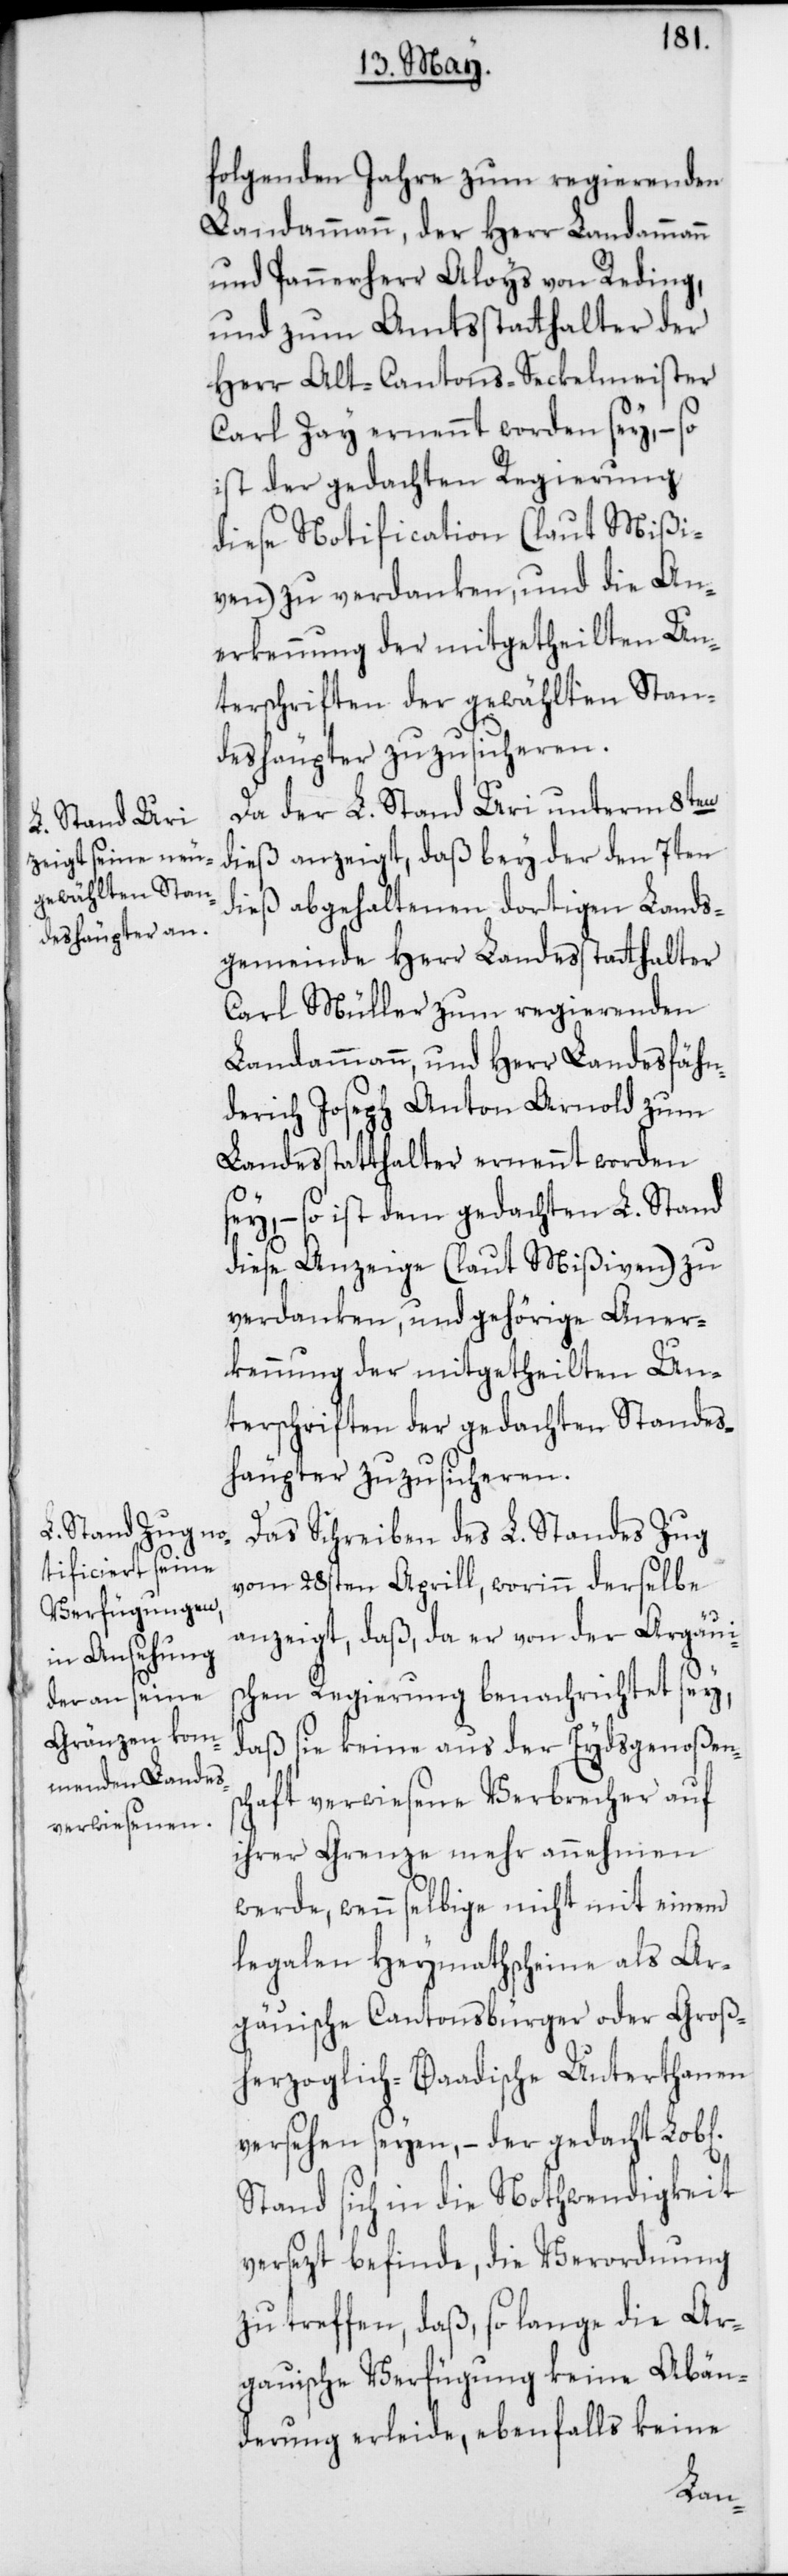
folgenden Jahre zum regierenden
Landammann, der Herr Landammann
und Pannerherr Aloys von Reding,
und zum Amtsstatthalter der
Herr Alt-Cantons-Seckelmeister
Carl Zay ernennt worden sey, – so
ist der gedachten Regierung
diese Notification (laut Mißi¬
ven) zu verdanken, und die An¬
erkennung der mitgetheilten Un¬
terschriften der gewählten Stan¬
deshäupter zuzusicheren.
Da der L. Stand Uri unterm 8ten
dieß anzeigt, daß bey der den 7ten
dieß abgehaltenen dortigen Lands¬
gemeinde Herr Landesstatthalter
Carl Müller zum regierenden
Landammann, und Herr Landesfähn¬
derich Joseph Anton Arnold zum
Landesstatthalter ernennt worden
sey, – so ist dem gedachten L. Stand
diese Anzeige (laut Mißiven) zu
verdanken, und gehörige Aner¬
kennung der mitgetheilten Un¬
terschriften der gedachten Standes¬
häupter zuzusicheren.
Das Schreiben des L. Standes Zug
vom 28sten Aprill, worinn derselbe
anzeigt, daß, da er von der Argauis¬
chen Regierung benachrichtet sey,
daß sie keine aus der Eydsgenoßens¬
chaft verwiesene Verbrecher auf
ihrer Grenze mehr annehmen
werde, wenn selbige nicht mit einem
legalen Heymathscheine als Ar¬
gauische Cantonsbürger oder Groß¬
herzoglich-Baadische Unterthanen
versehen seyen, – der gedacht Lob[l¬
Stand sich in die Nothwendigkeit
versezt befinde, die Verordnung
zu treffen, daß, so lange die Ar¬
gauische Verfügung keine Abän¬
derung erleide, ebenfalls keine
iche]